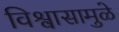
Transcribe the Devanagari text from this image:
विश्वासामुळे